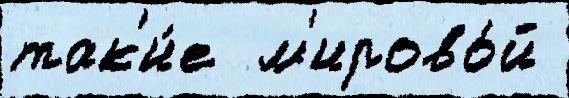
так'и́е  м'ирово́й